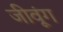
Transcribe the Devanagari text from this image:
जीवूंग